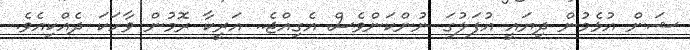
ޝަން އުޅެމުން ދިޔައީ އުފަލުގަ ނުންކަންވެސް އެގިއްޖެ.. އަރީކާ ރޮމުން ވާހަކަ ދެއްކިއެވެ.